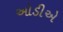
ઓડીએ